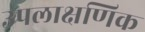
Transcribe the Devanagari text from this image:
उपलाक्षणिक